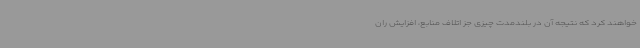
خواهند کرد که نتیجه آن در بلندمدت چیزی جز اتلاف منابع، افزایش ران